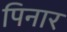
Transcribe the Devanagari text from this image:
पिनार